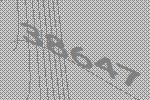
38647